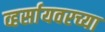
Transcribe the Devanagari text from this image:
व्हर्सायवरच्या